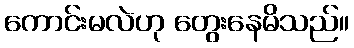
ကောင်းမလဲဟု တွေးနေမိသည်။